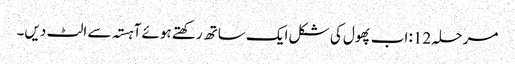
مرحلہ 12: اب پھول کی شکل ایک ساتھ رکھتے ہوئے آہستہ سے الٹ دیں۔